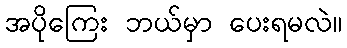
အပိုကြေး ဘယ်မှာ ပေးရမလဲ။